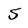
Character: 5